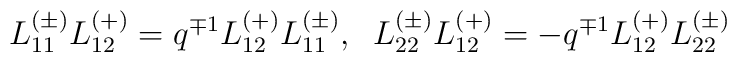
L_{11}^{(\pm)}L_{12}^{(+)}=q^{\mp 1}L_{12}^{(+)}L_{11}^{(\pm)},\;\;L_{22}^{(\pm)}L_{12}^{(+)}=-q^{\mp 1}L_{12}^{(+)}L_{22}^{(\pm)}